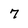
Character: 7